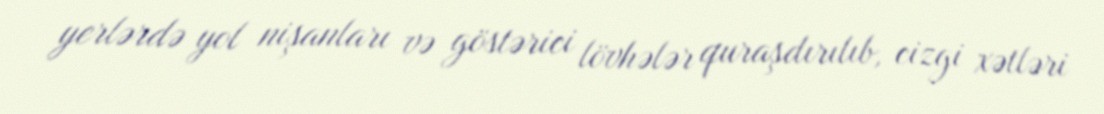
yerlərdə yol nişanları və göstərici lövhələr quraşdırılıb, cizgi xətləri